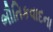
ભૌતિકવાદના